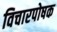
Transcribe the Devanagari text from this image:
विचारपोषक